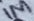
Text: 1M